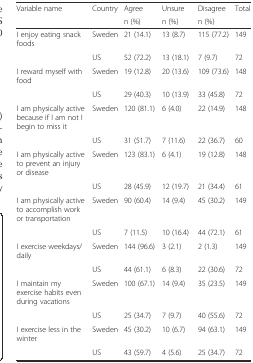
<table><thead><tr><td rowspan="2"><b>Variable name</b></td><td rowspan="2"><b>Country</b></td><td><b>Agree</b></td><td><b>Unsure</b></td><td><b>Disagree</b></td><td rowspan="2"><b>Total</b></td></tr><tr><td><b>n (%)</b></td><td><b>n (%)</b></td><td><b>n (%)</b></td></tr></thead><tbody><tr><td>I enjoy eating snack foods</td><td>Sweden</td><td>21 (14.1)</td><td>13 (8.7)</td><td>115 (77.2)</td><td>149</td></tr><tr><td></td><td>US</td><td>52 (72.2)</td><td>13 (18.1)</td><td>7 (9.7)</td><td>72</td></tr><tr><td>I reward myself with food</td><td>Sweden</td><td>19 (12.8)</td><td>20 (13.6)</td><td>109 (73.6)</td><td>148</td></tr><tr><td></td><td>US</td><td>29 (40.3)</td><td>10 (13.9)</td><td>33 (45.8)</td><td>72</td></tr><tr><td>I am physically active because if I am not I begin to miss it</td><td>Sweden</td><td>120 (81.1)</td><td>6 (4.0)</td><td>22 (14.9)</td><td>148</td></tr><tr><td></td><td>US</td><td>31 (51.7)</td><td>7 (11.6)</td><td>22 (36.7)</td><td>60</td></tr><tr><td>I am physically active to prevent an injury or disease</td><td>Sweden</td><td>123 (83.1)</td><td>6 (4.1)</td><td>19 (12.8)</td><td>148</td></tr><tr><td></td><td>US</td><td>28 (45.9)</td><td>12 (19.7)</td><td>21 (34.4)</td><td>61</td></tr><tr><td>I am physically active to accomplish work or transportation</td><td>Sweden</td><td>90 (60.4)</td><td>14 (9.4)</td><td>45 (30.2)</td><td>149</td></tr><tr><td></td><td>US</td><td>7 (11.5)</td><td>10 (16.4)</td><td>44 (72.1)</td><td>61</td></tr><tr><td>I exercise weekdays/daily</td><td>Sweden</td><td>144 (96.6)</td><td>3 (2.1)</td><td>2 (1.3)</td><td>149</td></tr><tr><td></td><td>US</td><td>44 (61.1)</td><td>6 (8.3)</td><td>22 (30.6)</td><td>72</td></tr><tr><td>I maintain my exercise habits even during vacations</td><td>Sweden</td><td>100 (67.1)</td><td>14 (9.4)</td><td>35 (23.5)</td><td>149</td></tr><tr><td></td><td>US</td><td>25 (34.7)</td><td>7 (9.7)</td><td>40 (55.6)</td><td>72</td></tr><tr><td>I exercise less in the winter</td><td>Sweden</td><td>45 (30.2)</td><td>10 (6.7)</td><td>94 (63.1)</td><td>149</td></tr><tr><td></td><td>US</td><td>43 (59.7)</td><td>4 (5.6)</td><td>25 (34.7)</td><td>72</td></tr></tbody></table>